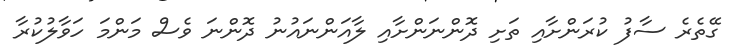
ގޭތެރެ ސާފު ކުރަންށާއި ތަށި ދޮންނަންށާއި ލާއަންނައުނު ދޮންނަ ވެސް މަންމަ ހަވާލުކުރާ